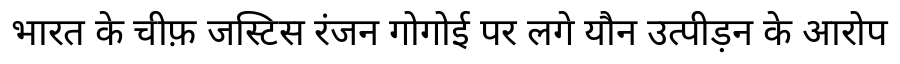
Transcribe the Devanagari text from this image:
भारत के चीफ़ जस्टिस रंजन गोगोई पर लगे यौन उत्पीड़न के आरोप